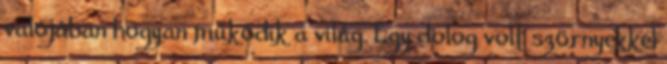
valójában hogyan működik a világ. Egy dolog volt szörnyekkel